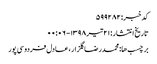
کد خبر: ۵۹۹۲۸۲
تاریخ انتشار : ۲۱ تیر ۱۳۹۸ - ۰۰:۰۶
برچسب ها: محمدرضا گلزار ، عادل فردوسی‌پور